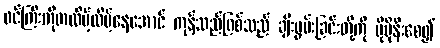
ဖင်ကြီးကိုတလိမ့်လိမ့်နေအောင် ကုန်သည်ဖြစ်သည် ချီးမွမ်းခြင်းတို့ကို ပိုမိုနီးစေ၍